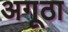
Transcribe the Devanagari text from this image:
अगूठा